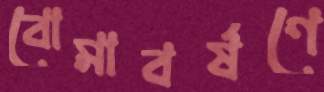
বোমাবর্ষণে